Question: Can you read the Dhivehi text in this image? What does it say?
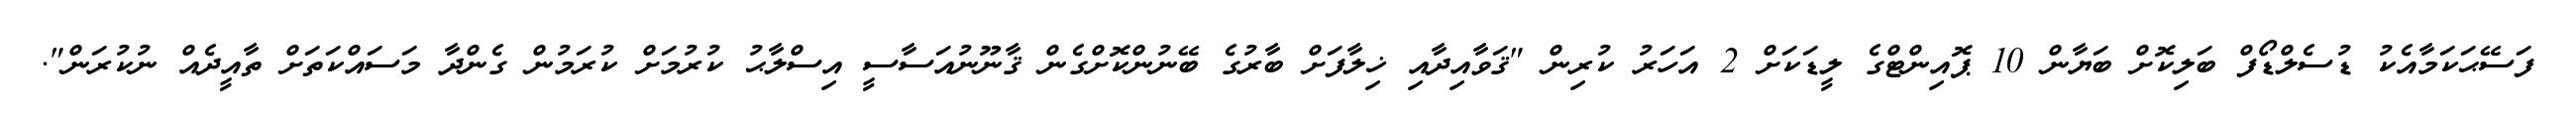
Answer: ފަސޭޙަކަމާއެކު ޑުސެލްޑޯފް ބަލިކޮށް ބަޔާން 10 ޕޮއިންޓްގެ ލީޑަކަށް 2 އަހަރު ކުރިން "ޤަވާއިދާއި ޚިލާފަށް ބާރުގެ ބޭނުންކޮށްގެން ޤާނޫނުއަސާސީ އިސްލާޙު ކުރުމަށް ކުރަމުން ގެންދާ މަސައްކަތަށް ތާއީދެއް ނުކުރަން".